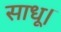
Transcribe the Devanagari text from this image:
साधू।